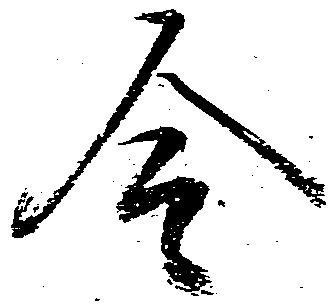
令